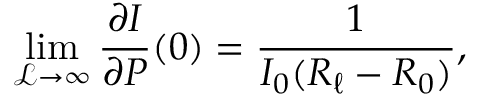
\operatorname* { l i m } _ { \mathscr { L } \to \infty } \frac { \partial I } { \partial P } ( 0 ) = \frac { 1 } { I _ { 0 } ( R _ { \ell } - R _ { 0 } ) } ,